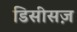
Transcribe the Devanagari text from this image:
डिसीसज़